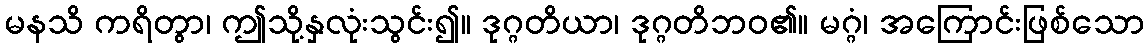
မနသိ ကရိတွာ၊ ဤသို့နှလုံးသွင်း၍။ ဒုဂ္ဂတိယာ၊ ဒုဂ္ဂတိဘဝ၏။ မဂ္ဂံ၊ အကြောင်းဖြစ်သော